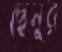
ছেনুর